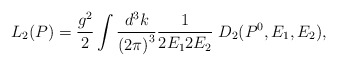
\begin{align*}L_2(P)=\frac{g^2}{2}\int \frac{d^3k}{\left( 2\pi \right) ^3}\frac 1{2E_12E_2}\;D_2(P^0,E_1,E_2), \end{align*}